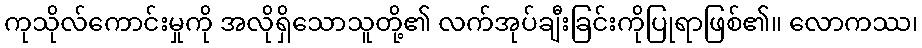
ကုသိုလ်ကောင်းမှုကို အလိုရှိသောသူတို့၏ လက်အုပ်ချီးခြင်းကိုပြုရာဖြစ်၏။ လောကဿ၊